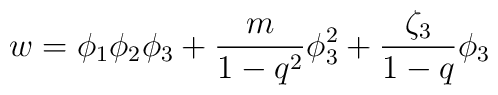
w = \phi_1\phi_2\phi_3 +\frac {m}{1-q^2}\phi_3^2  +\frac{\zeta_3}{1-q}\phi_3